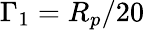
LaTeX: \Gamma_{1}=R_{p}/20